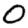
Digit: 0